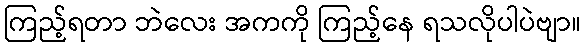
ကြည့်ရတာ ဘဲလေး အကကို ကြည့်နေ ရသလိုပါပဲဗျာ။